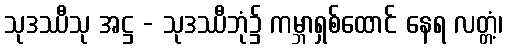
သုဒဿီသု အဋ္ဌ - သုဒဿီဘုံ၌ ကမ္ဘာရှစ်ထောင် နေရ လတ္တံ့၊